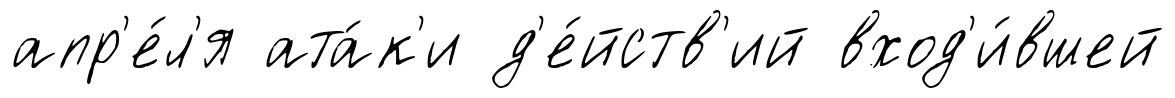
апр'е́л'я ата́к'и д'е́йств'ий вход'и́вшей